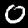
Digit: 0